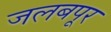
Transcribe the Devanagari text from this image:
जलबपूर